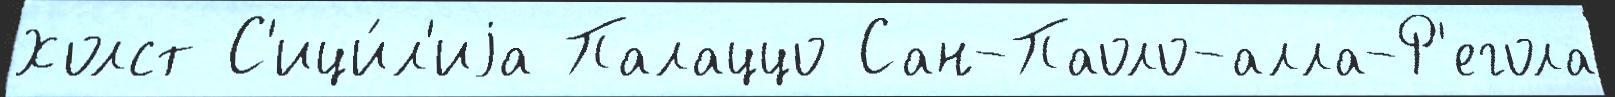
Холст С'ици́л'иjа Палаццо Сан-Паоло-алла-Р'егола